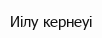
Иілу кернеуі